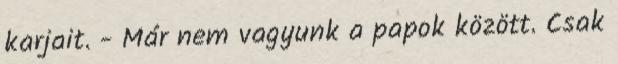
karjait. - Már nem vagyunk a papok között. Csak